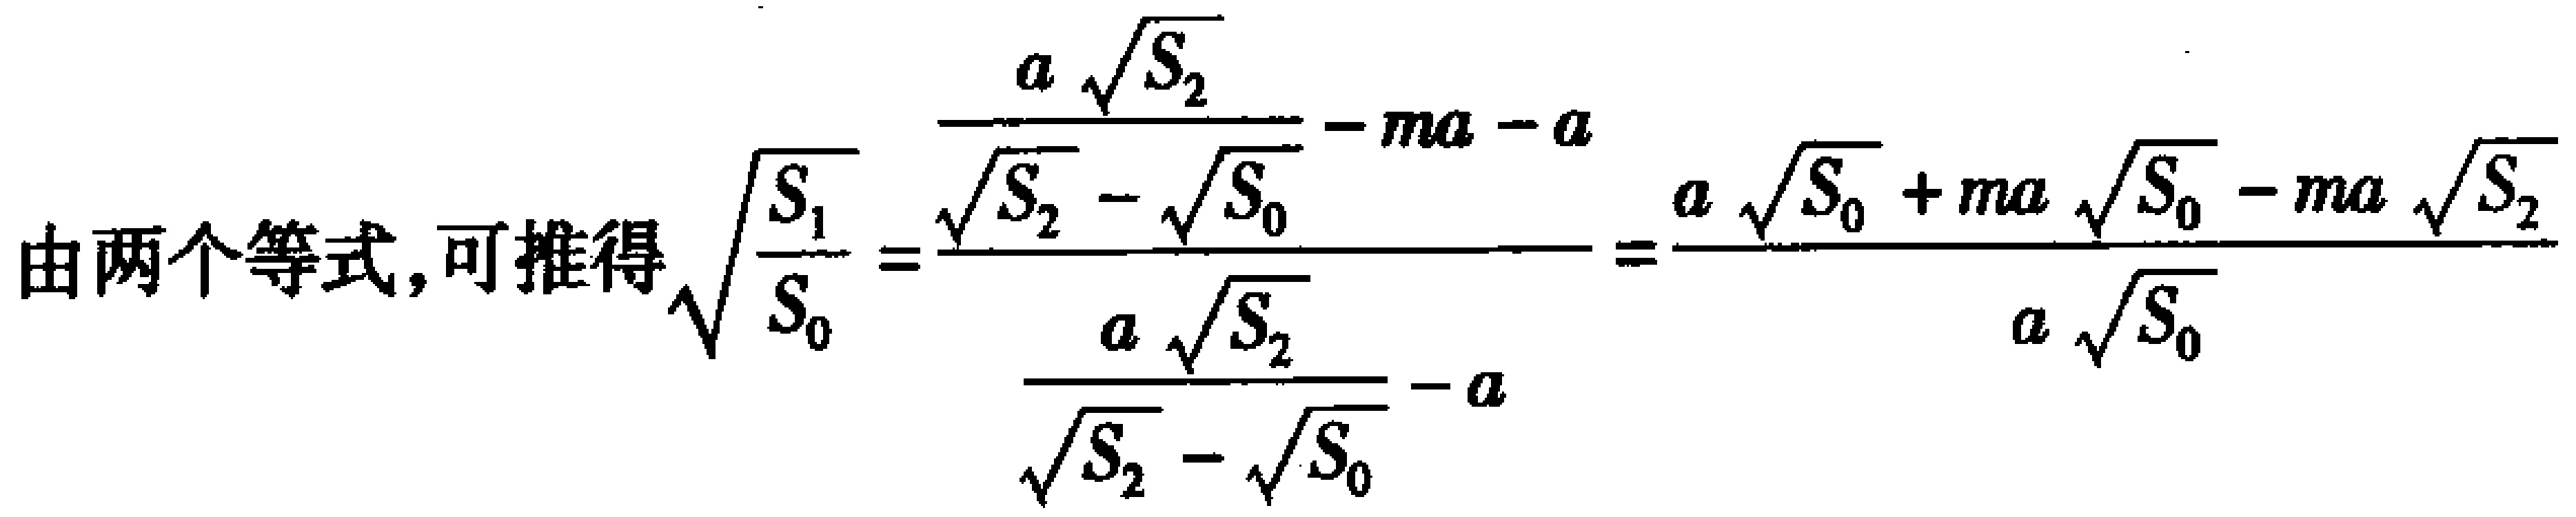
由两个等式, 可推得\(\sqrt{\frac{S_{1}}{S_{0}}}=\frac{\frac{a\sqrt{S_{2}}}{\sqrt{S_{2}} - \sqrt{S_{0}}} - ma - a}{\frac{a\sqrt{S_{2}}}{\sqrt{S_{2}} - \sqrt{S_{0}}} - a}=\frac{a\sqrt{S_{0}} + ma\sqrt{S_{0}} - ma\sqrt{S_{2}}}{a\sqrt{S_{0}}}\)